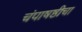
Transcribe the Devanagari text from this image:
चंपाषष्ठीचा